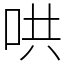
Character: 哄